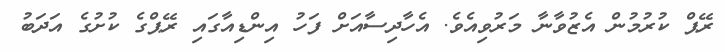
ރޭޕް ކުރުމުން އެޒުވާނާ މަރުވިއެވެ. އެހާދިސާއަށް ފަހު އިންޑިއާގައި ރޭޕްގެ ކުށުގެ އަދަބު